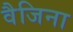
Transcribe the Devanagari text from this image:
वैजिना